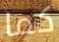
كما